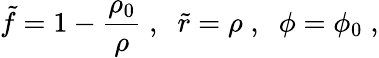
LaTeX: \tilde{f}=1-\frac{\rho_{0}}{\rho}\; ,\; \; \tilde{r}=\rho\; ,\; \; \phi=\phi_{0}\; ,